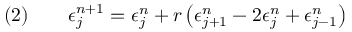
\quad ( 2 ) \qquad \epsilon _ { j } ^ { n + 1 } = \epsilon _ { j } ^ { n } + r \left( \epsilon _ { j + 1 } ^ { n } - 2 \epsilon _ { j } ^ { n } + \epsilon _ { j - 1 } ^ { n } \right)